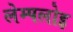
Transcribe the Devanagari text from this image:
लेम्पलोइ